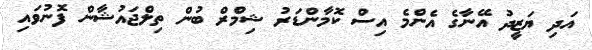
އަދި ޔަޒީދު އޭނާގެ އެންމެ އިސް ކޮމާންޑަރު ޝިމްރް ބުން ތިލްޖައުޝާން ފޮނުވައި